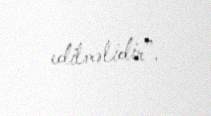
edilməlidir”.